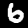
Label: 6